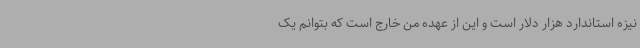
نیزه استاندارد هزار دلار است و این از عهده من خارج است که بتوانم یک